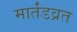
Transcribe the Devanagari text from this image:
मार्तंडव्रत